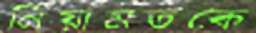
নিয়ামতকে